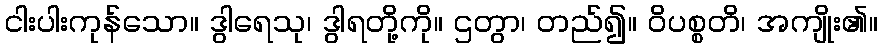
ငါးပါးကုန်သော။ ဒွါရေသု၊ ဒွါရတို့ကို။ ဌတွာ၊ တည်၍။ ဝိပစ္စတိ၊ အကျိုး၏။